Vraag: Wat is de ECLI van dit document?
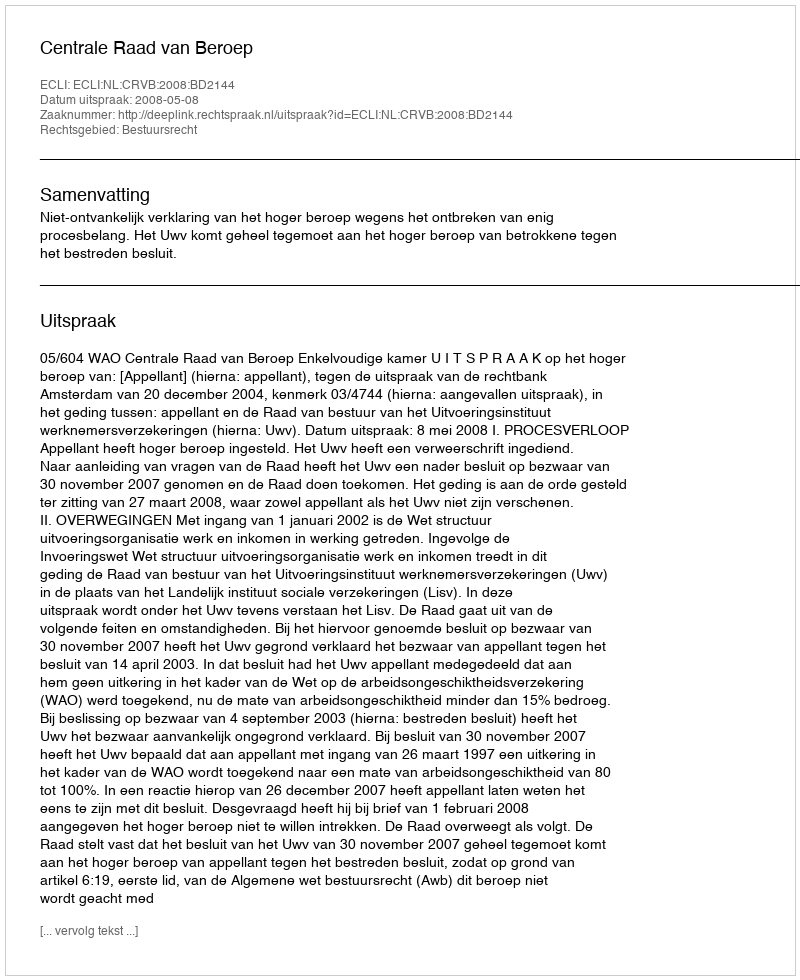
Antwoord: ECLI:NL:CRVB:2008:BD2144